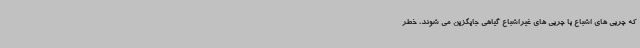
که چربی های اشباع با چربی های غیراشباع گیاهی جایگزین می شوند، خطر